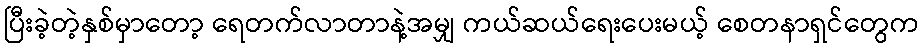
ပြီးခဲ့တဲ့နှစ်မှာတော့ ရေတက်လာတာနဲ့အမျှ ကယ်ဆယ်ရေးပေးမယ့် စေတနာရှင်တွေက